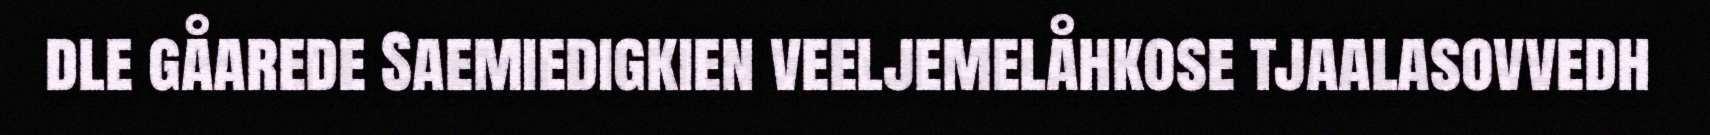
dle gåarede Saemiedigkien veeljemelåhkose tjaalasovvedh